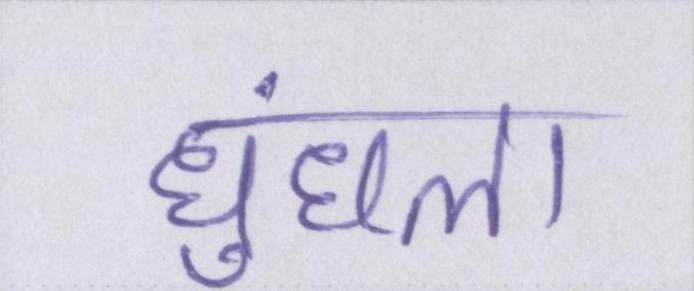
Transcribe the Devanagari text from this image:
धुंधला